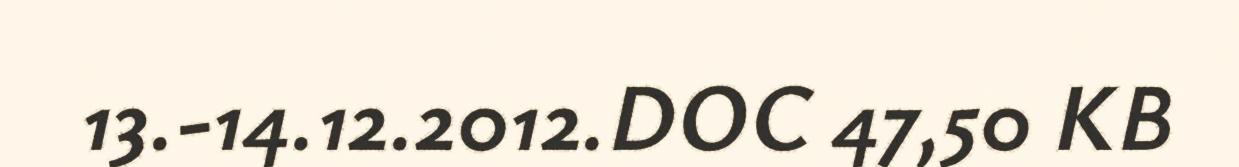
13.-14.12.2012.DOC 47,50 KB